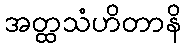
အတ္ထသံဟိတာနိ